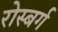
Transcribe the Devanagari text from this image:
रोस्बर्ग